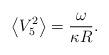
LaTeX: \begin{align*}\left<V_5^2\right>=\frac{\omega}{\kappa R}.\end{align*}